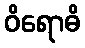
ဝိရောဓိ